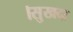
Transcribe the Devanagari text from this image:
।सुखदा